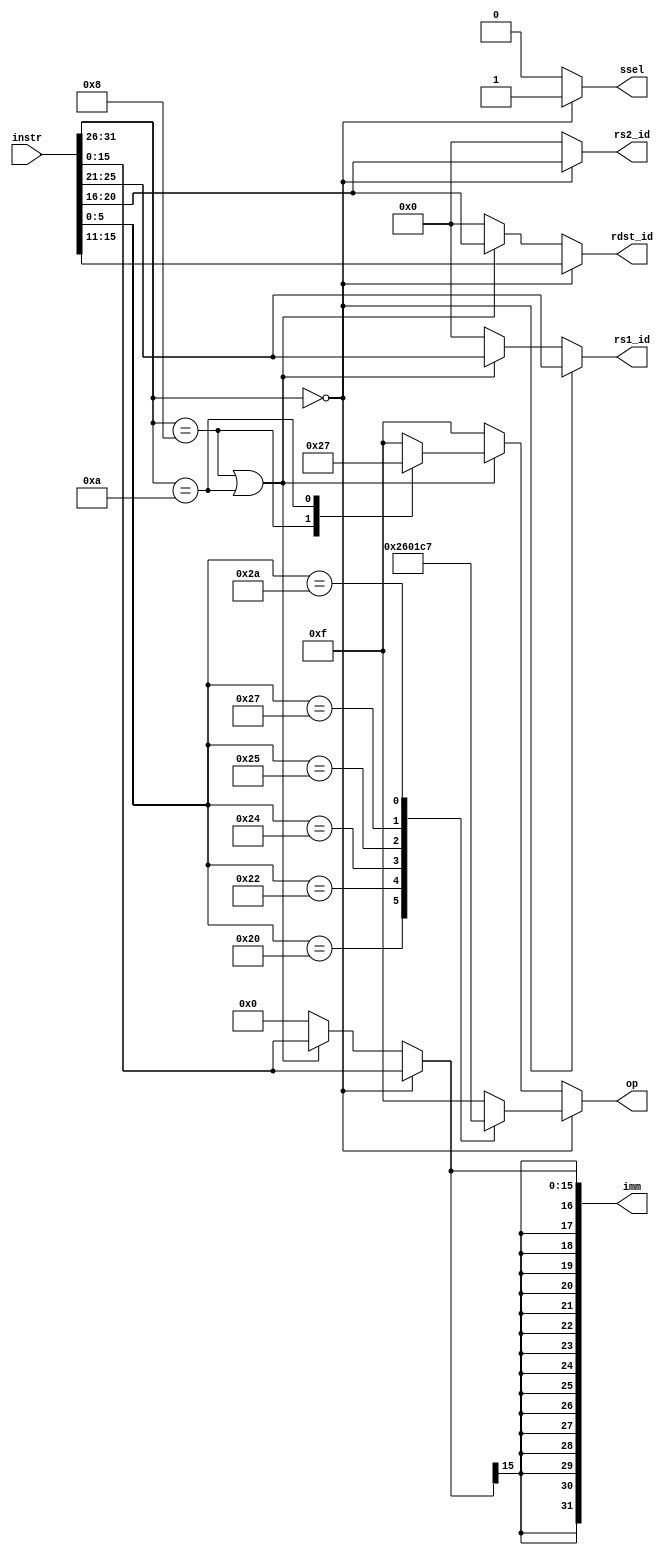
/*
 */

module decode #(parameter DWIDTH = 32)
(
    input [DWIDTH-1:0]  instr,   // Input instruction.

    output  [3 : 0]      op,      // Operation code for the ALU.
    output               ssel,    // Select the signal for either the immediate value or rs2.

    output  [DWIDTH-1:0] imm,     // The immediate value (if used).
    output  [4 : 0]      rs1_id,  // register ID for rs.
    output  [4 : 0]      rs2_id,  // register ID for rt (if used).
    output  [4 : 0]      rdst_id // register ID for rd or rt (if used).
);

/***************************************************************************************
    ---------------------------------------------------------------------------------
    | R_type |    |   opcode   |   rs   |   rt   |   rd   |   shamt   |    funct    |
    ---------------------------------------------------------------------------------
    | I_type |    |   opcode   |   rs   |   rt   |             immediate            |
    ---------------------------------------------------------------------------------
    | J_type |    |   opcode   |                     address                        |
    ---------------------------------------------------------------------------------
                   31        26 25    21 20    16 15    11 10        6 5           0
 ***************************************************************************************/

    localparam [3:0] OP_AND = 4'b0000,
                     OP_OR  = 4'b0001,
                     OP_ADD = 4'b0010,
                     OP_SUB = 4'b0110,
                     OP_NOR = 4'b1100,
                     OP_SLT = 4'b0111,
                     OP_NOT_DEFINED = 4'b1111;
 reg [3 : 0] op_t;
 reg [4 : 0] rs1_id_t;
 reg [4 : 0] rs2_id_t;
 reg [4 : 0] rdst_id_t;
 reg [15 : 0] imm_t;

 wire [5 : 0] opcode = instr[DWIDTH-1 : DWIDTH-6];
 wire [5 : 0] func = instr[5 : 0];
 
 always @(*) begin
    if(opcode == 6'b0)begin //R_type
        rdst_id_t = instr[15 : 11]; //rd
        rs1_id_t = instr[25 : 21]; //rs
        rs2_id_t = instr[20 : 16]; //rt
        imm_t = instr[15 : 0]; //not in use
        case(func) 
            6'h20 : op_t = 4'b0010; //R_type - ADD
            6'h22 : op_t = 4'b0110; //R_type - SUB
            6'h24 : op_t = 4'b0000; //R_type - AND
            6'h25 : op_t = 4'b0001; //R_type - OR
            6'h27 : op_t = 4'b1100; //R_type - NOR
            6'h2a : op_t = 4'b0111; //R_type - SLT
            default : op_t = 4'b1111; //NOT DEFINED
        endcase
        end
    else if(opcode == 6'h08 || opcode == 6'h0a) begin 
        rdst_id_t = instr[20 : 16]; //rt
        rs1_id_t = instr[25 : 21]; //rs
        rs2_id_t = 5'b0; //not in use
        imm_t = instr[15 : 0]; //16-bit imm
        case(opcode) 
            6'h08 : op_t = 4'b0010; //I_type - ADDI
            6'h0a : op_t = 4'b0111; //I_type - SLTI
            default : op_t = 4'b1111; //NOT DEFINED
        endcase
    end
    else begin
    	rdst_id_t = 5'b0; 
        rs1_id_t = 5'b0; 
        rs2_id_t = 5'b0; 
        imm_t = 16'b0; 
    	op_t = 4'b1111;
    
     end
end

assign op = op_t;
 assign imm = {{16{imm_t[15]}}, imm_t[15 : 0]}; //32-bit imm
 assign ssel = ( opcode == 6'b0)? 1'b1 : 1'b0; //output of ssel
 assign rs1_id = rs1_id_t;
 assign rs2_id = rs2_id_t;
 assign rdst_id = rdst_id_t;



endmodule